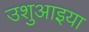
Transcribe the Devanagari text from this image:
उशुआइया